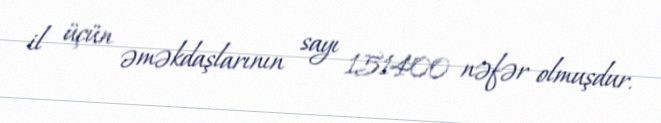
il üçün əməkdaşlarının sayı 151400 nəfər olmuşdur.